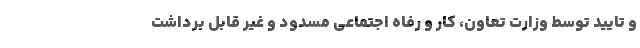
و تایید توسط وزارت تعاون، کار و رفاه اجتماعی مسدود و غیر قابل برداشت